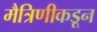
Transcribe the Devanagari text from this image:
मैत्रिणीकडून